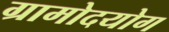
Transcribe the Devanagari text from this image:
ग्रामोदयोग